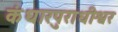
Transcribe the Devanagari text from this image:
कंधारपुराधीश्वर